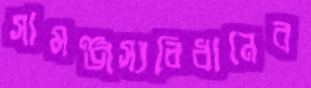
সামঞ্জস্যবিধানের